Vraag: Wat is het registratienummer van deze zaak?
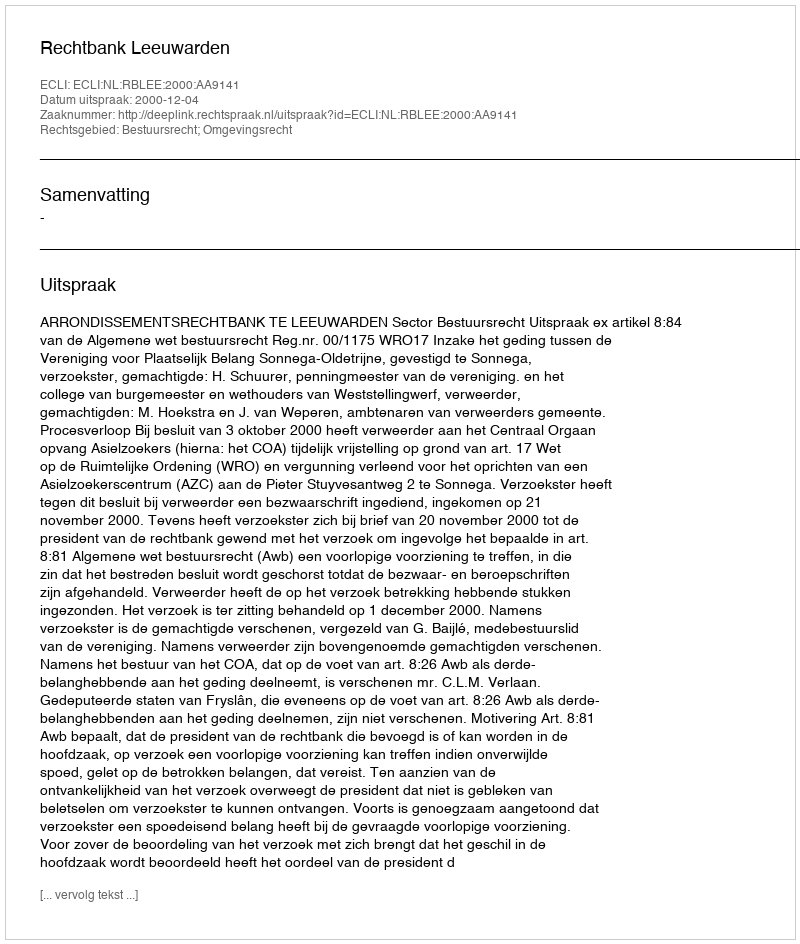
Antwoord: http://deeplink.rechtspraak.nl/uitspraak?id=ECLI:NL:RBLEE:2000:AA9141